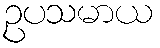
ဥပသမာယ